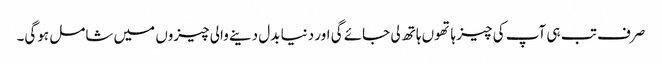
صرف تب ہی آپ کی چیز ہاتھوں ہاتھ لی جائے گی اور دنیا بدل دینے والی چیزوں میں شامل ہوگی۔